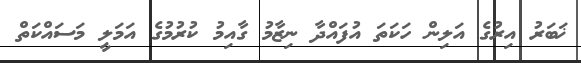
ޚަބަރު އިރުގެ އަލިން ހަކަތަ އުފައްދާ ނިޒާމު ގާއިމު ކުރުމުގެ އަމަލީ މަސައްކަތް